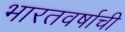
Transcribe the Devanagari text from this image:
भारतवर्षाची